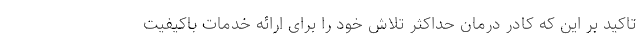
تاکید بر این که کادر درمان حداکثر تلاش خود را برای ارائه خدمات باکیفیت